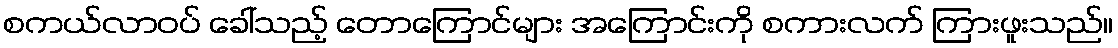
စကယ်လာဝပ် ခေါ်သည့် တောကြောင်များ အကြောင်းကို စကားလက် ကြားဖူးသည်။